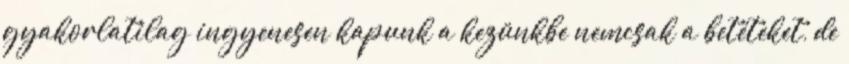
gyakorlatilag ingyenesen kapunk a kezünkbe nemcsak a betéteket, de